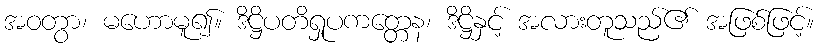
အဝတွာ၊ မဟောမူ၍။ ဒိဋ္ဌိပတိရှုပကတ္တေန၊ ဒိဋ္ဌိနှင့် အလားတူသည်၏ အဖြစ်ဖြင့်။